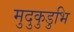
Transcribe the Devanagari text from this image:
मुदुकुडुभि